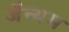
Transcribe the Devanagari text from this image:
जैन्थम